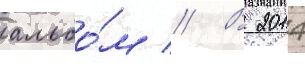
альбо́м // В 2014